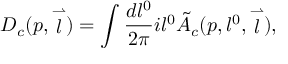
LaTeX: D _ { c } ( p , \stackrel { \rightharpoonup } { l } ) = \int \frac { d l ^ { 0 } } { 2 \pi } i l ^ { 0 } \tilde { A } _ { c } ( p , l ^ { 0 } , \stackrel { \rightharpoonup } { l } ) ,